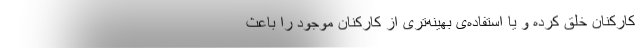
کارکنان خلق کرده و یا استفاده‌ی بهینه‌تری از کارکنان موجود را باعث